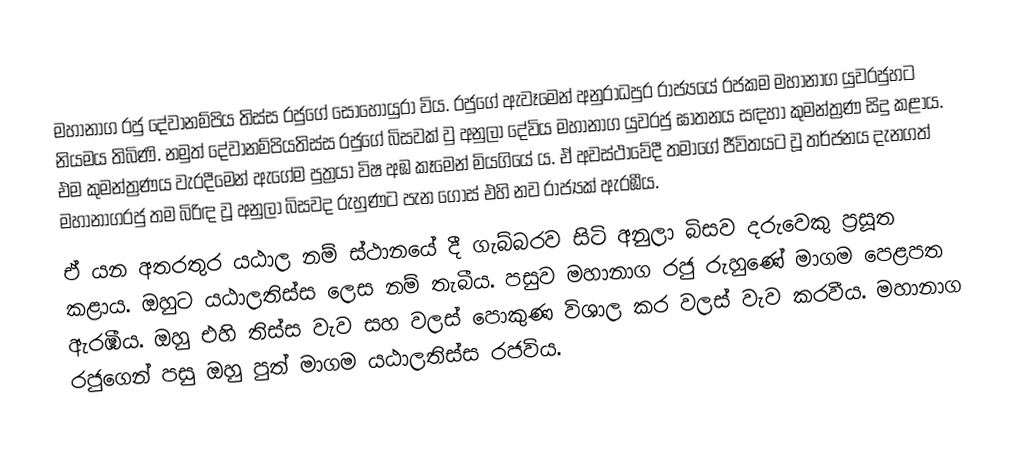
මහානාග රජු දේවානම්පිය තිස්ස රජුගේ සොහොයුරා විය. රජුගේ ඇවෑමෙන් අනුරාධපුර රාජ්‍යයේ රජකම මහානාග යුවරජුහට නියමය තිබිණි. නමුත් දේවානම්පියතිස්ස රජුගේ බිසවක් වු අනුලා දේවිය මහානාග යුවරජු ඝාතනය සඳහා කුමන්ත්‍රණ සිදු කළාය. එම කුමන්ත්‍රණය වැරදීමෙන් ඇගේම පුත්‍රයා විෂ අඹ කෑමෙන් මියගියේ ය. ඒ අවස්ථාවේදී තමාගේ ජීවිතයට වූ තර්ජනය දැනගත් මහානාගරජු තම බිරිඳ වූ අනුලා බිසවද රුහුණට පැන ගොස් එහි නව රාජ්‍යක් ඇරඹීය.
ඒ යන අතරතුර යඨාල නම් ස්ථානයේ දී ගැබ්බරව සිටි අනුලා බිසව දරුවෙකු ප්‍රසූත කළාය. ඔහුට යඨාලතිස්ස ලෙස නම් තැබීය. පසුව මහානාග රජු රුහුණේ මාගම පෙළපත ඇරඹීය. ඔහු එහි තිස්ස වැව සහ වලස් පොකුණ විශාල කර වලස් වැව කරවීය. මහානාග රජුගෙන් පසු ඔහු පුත් මාගම යඨාලතිස්ස රජවිය.